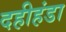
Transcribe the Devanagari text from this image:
दहीहंडा